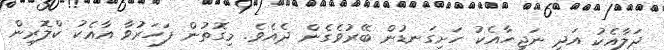
ދަލާއެކު އަދި ނަޖިހާއެކު ހަށިގަނޑުން ބޭރުވެގެން ދެއެވެ. މިގޮތުން ފަހަރުވާ އާއެކު ކްލޮރިން